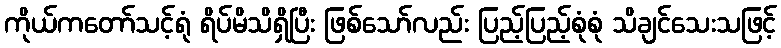
ကိုယ်ကတော်သင့်ရုံ ရိပ်မိသိရှိပြီး ဖြစ်သော်လည်း ပြည့်ပြည့်စုံစုံ သိချင်သေးသဖြင့်